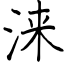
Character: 涞